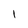
Character: 1